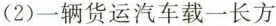
(2)一辆货运汽车载一长方